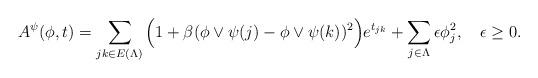
LaTeX: \begin{align*}A^\psi(\phi, t) = \sum_{jk \in E(\Lambda)}\Big(1+\beta(\phi\vee\psi(j)-\phi\vee\psi(k))^2\Big)e^{t_{jk}}+\sum_{j \in \Lambda}\epsilon \phi_j^2, \quad \epsilon \ge 0.\end{align*}